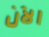
الآن